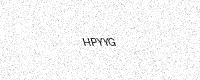
Text: HPYYG